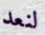
لنعد